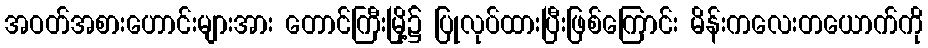
အဝတ်အစားဟောင်းများအား တောင်ကြီးမြို့၌ ပြုလုပ်ထားပြီးဖြစ်ကြောင်း မိန်းကလေးတယောက်ကို